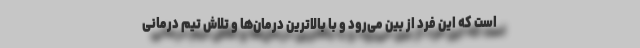
است که این فرد از بین می‌رود و با بالاترین درمان‌ها و تلاش تیم درمانی